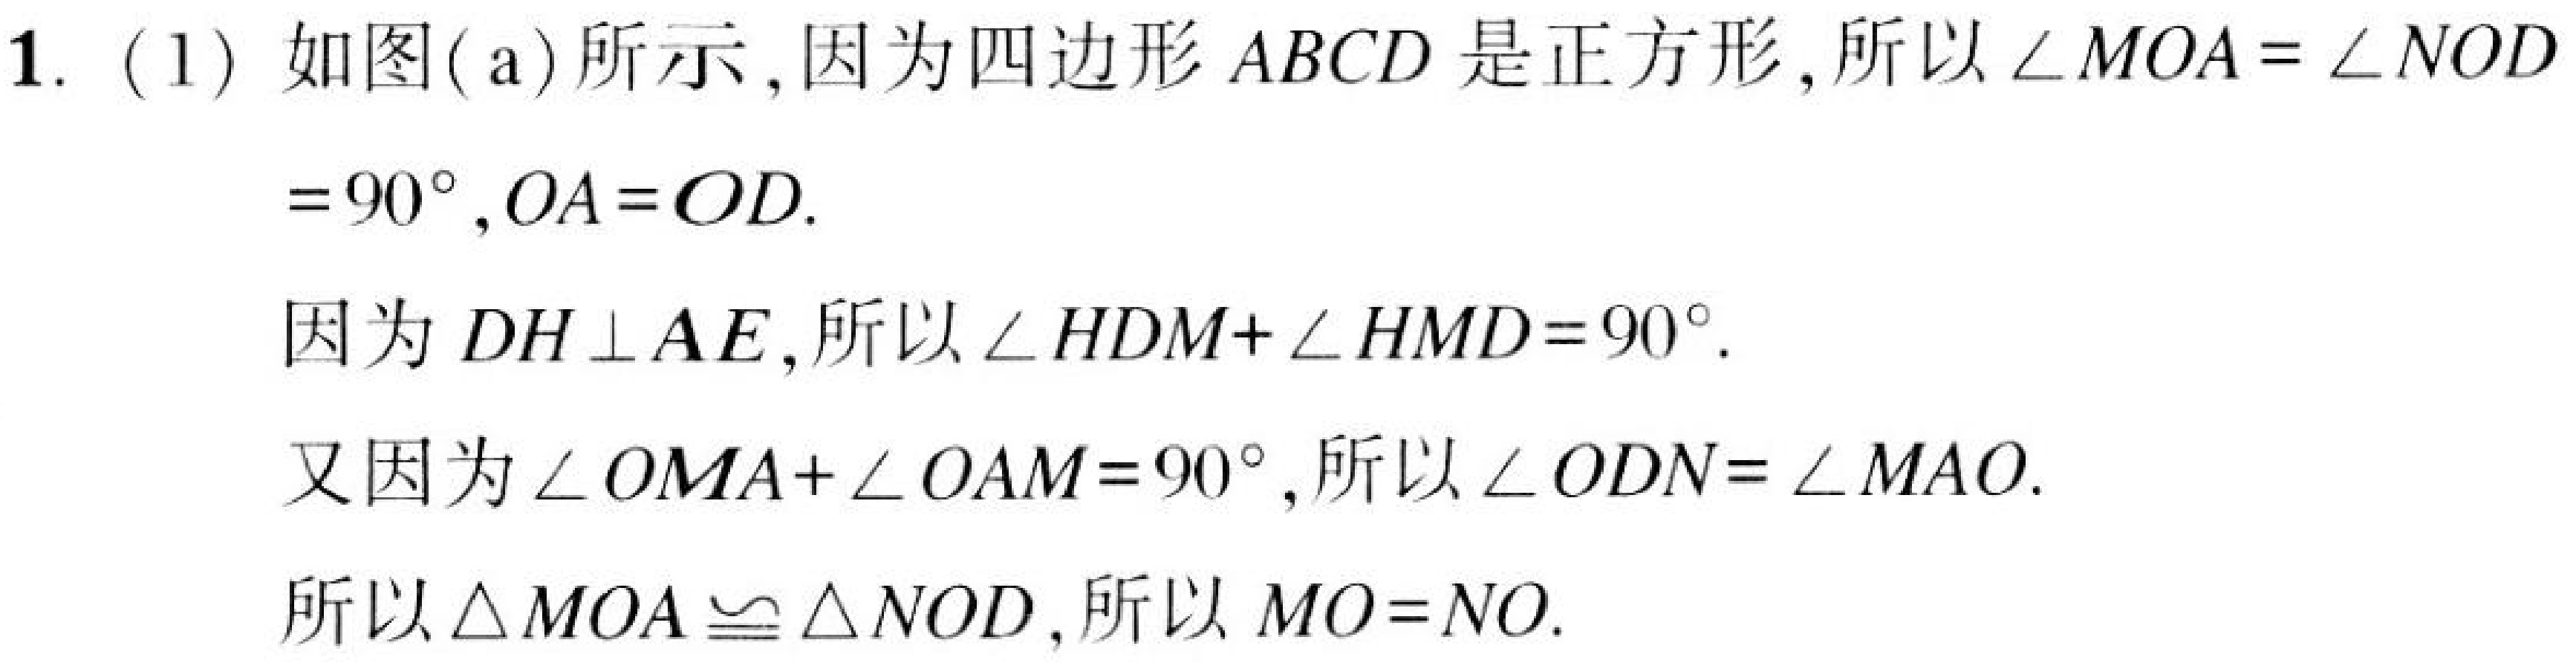
1. (1) 如图( a)所示,因为四边形 \(ABCD\) 是正方形,所以 \(\angle MOA=\angle NOD\)
\( = 90^{\circ},OA = OD\).
因为 \(DH\perp AE\),所以 \(\angle HDM+\angle HMD = 90^{\circ}\).
又因为 \(\angle OMA+\angle OAM = 90^{\circ}\),所以 \(\angle ODN=\angle MAO\).
所以 \(\triangle MOA\cong\triangle NOD\),所以 \(MO = NO\).